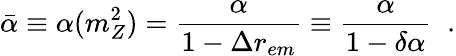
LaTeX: \bar{\alpha}\equiv\alpha(m_{Z}^{2})=\frac{\alpha}{1-\Delta r_{em}}\equiv\frac{\alpha}{1-\delta\alpha}\; \; .